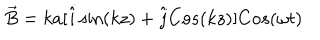
LaTeX: \vec { B } = k a [ \hat { i } \sin ( k z ) + \hat { j } C o s ( k z ) ] C o s ( \omega t )